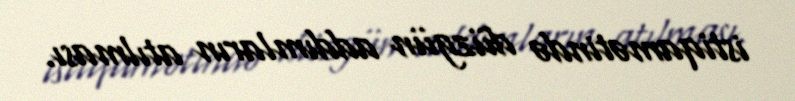
istiqamətində düzgün addımların atılması.